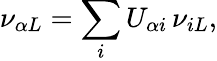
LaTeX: \nu_{\alpha L}=\sum_{i}U_{\alpha i}\, \nu_{iL},